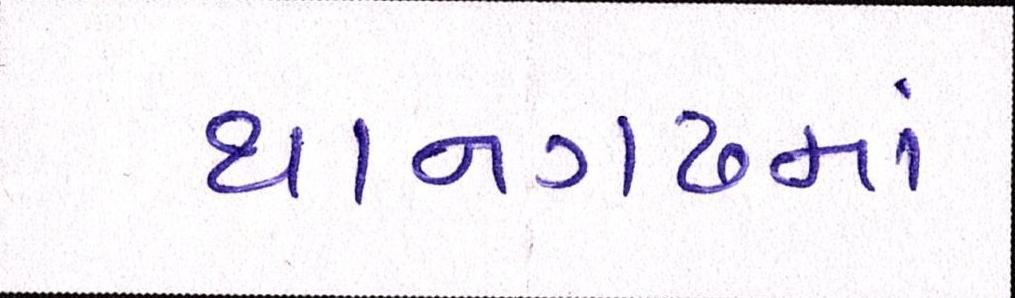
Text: થાનગઢમાં